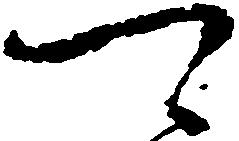
可